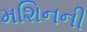
મશિનની